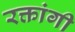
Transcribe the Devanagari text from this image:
रक्तांगी